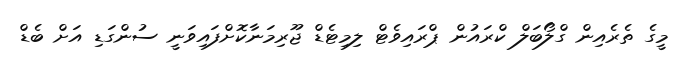
މީގެ ތެރެއިން ގްލޯބަލް ކްރައުން ޕްރައިވެޓް ލިމިޓެޑް ޖޫރިމަނާކޮށްފައިވަނީ ސުންގަޑި އަށް ބެޑް